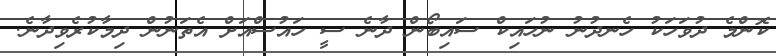
ކޮންމެ ދުވަހަކު ހެނދުނު ނުހައިކް ސައިބޯން ދާނެ ސީ ހައުސްއަށް އެތަނުން ދިމާކުރެވިދާނެ.